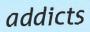
addicts